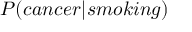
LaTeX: P ( c a n c e r | s m o k i n g )